Vaccination in Burma 1920-1933 - 1920-1933
Year: 1920
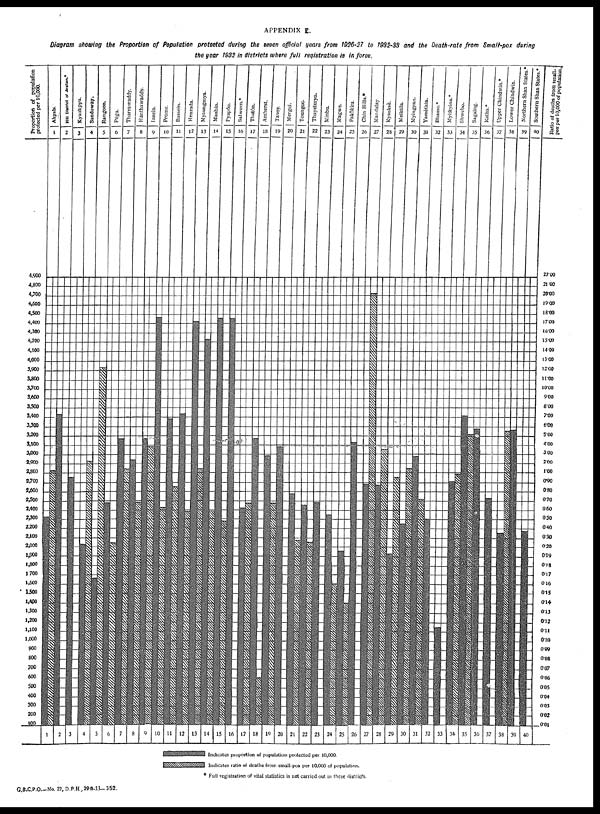
APPENDIX E.
Diagram showing the Proportion of Population protected during the seven official years from 1926-27 to 1932-33 and the Death-rate from Smalt-pox during
the year 1982 in districts where full registration is in force.
G.B.C.P.O.—No. 22, D.P.H., 29-3-33—352.